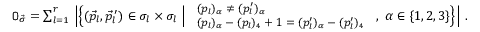
\begin{array} { r } { { \tt O } _ { \vec { \sigma } } = \sum _ { l = 1 } ^ { r } \, \Big | \Big \{ ( \vec { p } _ { l } , \vec { p } _ { l } ^ { \, \prime } ) \in \sigma _ { l } \times \sigma _ { l } \ \Big | \ { \small \begin{array} { l } { ( p _ { l } ) _ { \alpha } \neq ( p _ { l } ^ { \prime } ) _ { \alpha } } \\ { ( p _ { l } ) _ { \alpha } - ( p _ { l } ) _ { 4 } + 1 = ( p _ { l } ^ { \prime } ) _ { \alpha } - ( p _ { l } ^ { \prime } ) _ { 4 } } \end{array} } \normalsize \ , \ \alpha \in \{ 1 , 2 , 3 \} \Big \} \Big | \ . } \end{array}